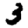
Digit: 3